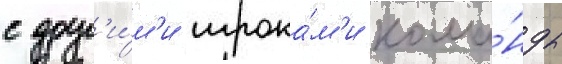
с друг'и́м'и игрока́м'и кома́нды